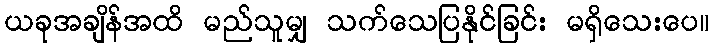
ယခုအချိန်အထိ မည်သူမျှ သက်သေပြနိုင်ခြင်း မရှိသေးပေ။